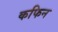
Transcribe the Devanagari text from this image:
कफिन